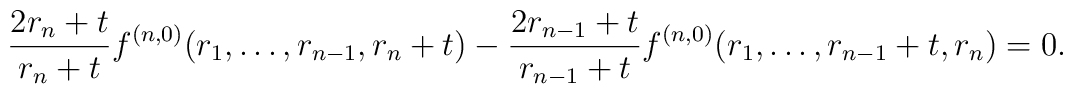
\frac{2r_n+t}{r_n+t}f^{(n,0)}(r_1,\dots,r_{n-1},r_n+t)-\frac{2r_{n-1}+t}{r_{n-1}+t} f^{(n,0)}(r_1,\dots,r_{n-1}+t,r_n)=0.